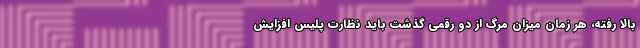
بالا رفته، هر زمان میزان مرگ از دو رقمی گذشت باید نظارت پلیس افزایش